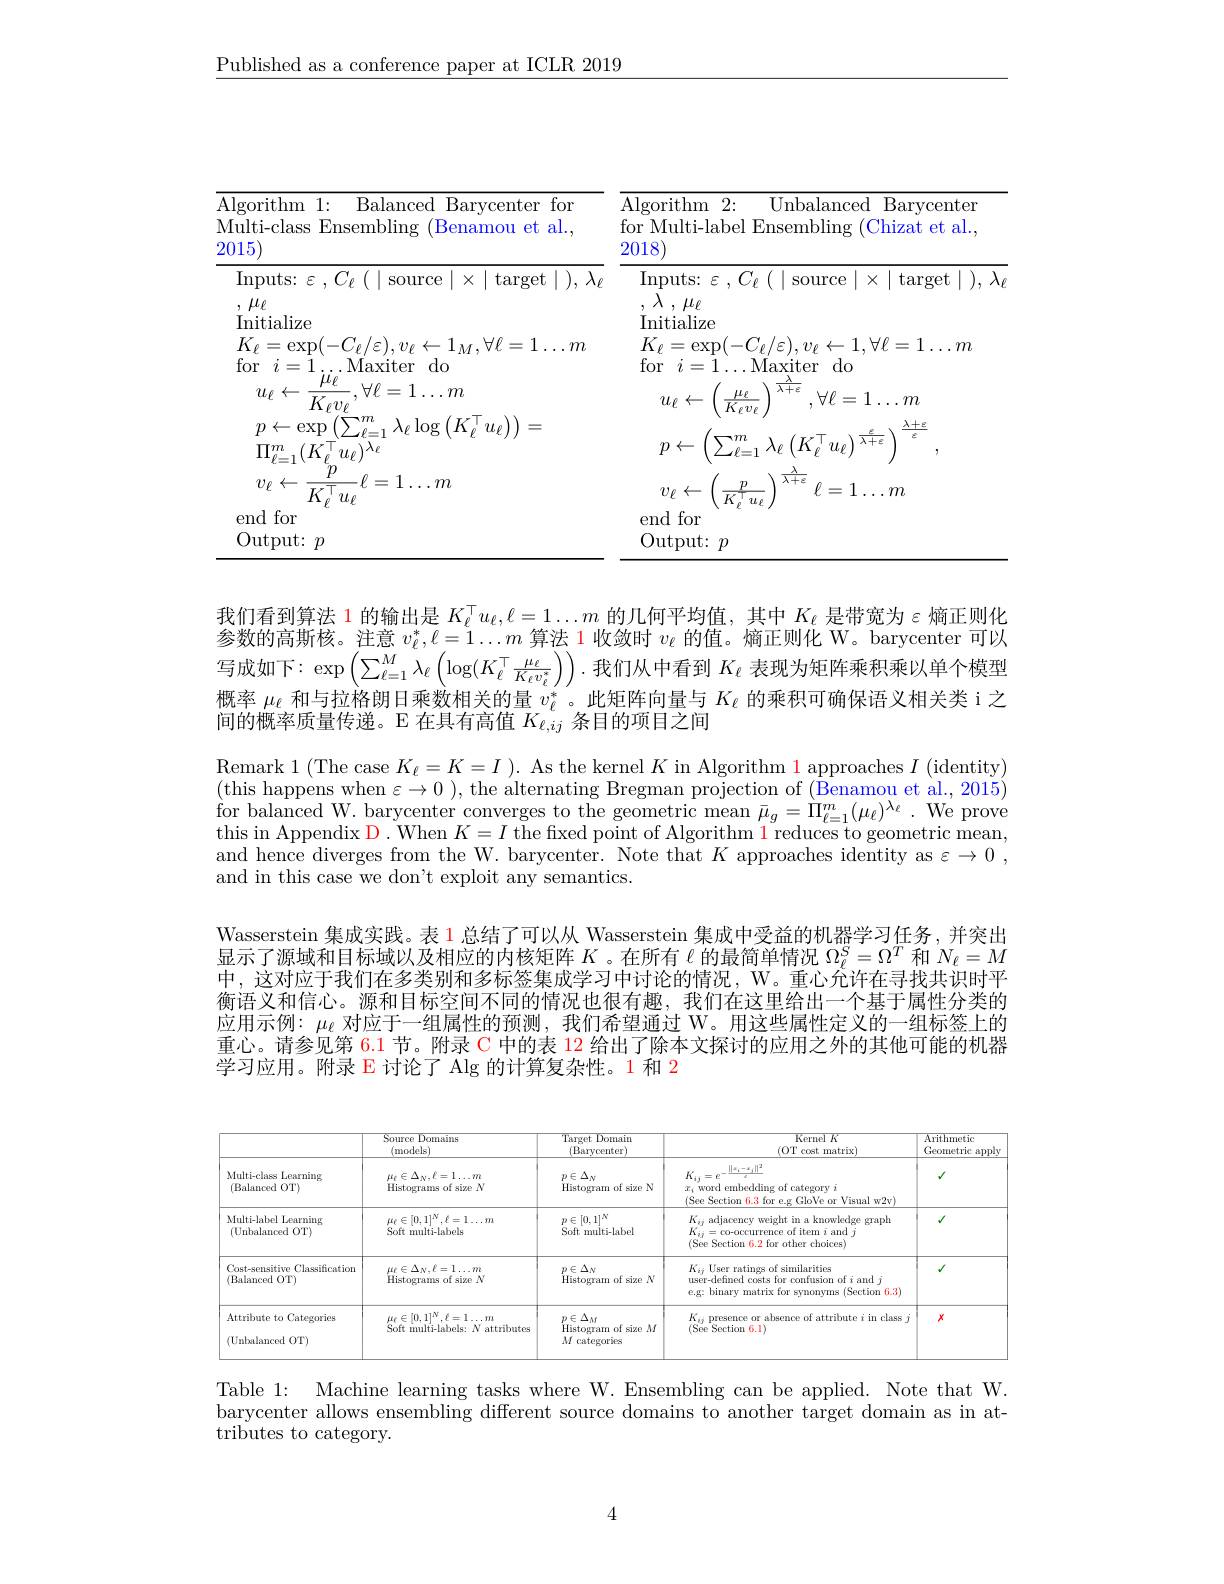
$\underline{\text{Published as a conference paper at ICLR 2019}}$

<table>
	<tbody>
		<tr>
			<th>Algorithm 1: Balanced Barycenter for Multi-class Ensembling (Benamou et al., 2015</th>
			<th>${\mathrm{Algorithm}}$ 2: Unbalanced Barycenter for Multi-label Ensembling (Chizat et al., 2018</th>
		</tr>
		<tr>
			<td>Inputs: $\varepsilon,C_{\ell}(\mid$source$\mid\times\mid$target$\mid),\lambda_{\ell}$ , $\mu _{\ell }$ Initialize $K_{\ell}=\operatorname{exp}(-C_{\ell}/\varepsilon),v_{\ell}\leftarrow1_{M},\forall\ell=1\ldots m$</td>
			<td>Inputs: $\varepsilon,C_{\ell}(\mid$source$\mid\times\mid$target$\mid),\lambda$ , $\lambda$ , $\mu _{\ell }$ Initialize $K_{\ell}=\exp(-C_{\ell}/\varepsilon),v_{\ell}\leftarrow1,\forall\ell=1\ldots m$</td>
		</tr>
	</tbody>
</table>

我们看到算法 1 的输出是$K_\ell^\top u_\ell,\ell=1\ldots m$的几何平均值，其中$K_\ell$是带宽为$\varepsilon$熵正则化参 数 的 高 斯 核 。注 意 $v_{\ell }^{* }, \ell = 1\ldots m$ 算 法 1 收 敛 时 $v_{\ell }$ 的 值 。熵 正 则 化 W。barycenter 可 以 写 成 如 下 : $\exp \left ( \sum _{\ell = 1}^{M}\lambda _{\ell }\left ( \log ( K_{\ell }^{\top }\frac {\mu _{\ell }}{K_{\ell }v_{\ell }^{* }}\right ) \right ) .$我 们 从 中 看 到 $K_{\ell }$ 表 现 为 矩 阵 乘 积 乘 以 单 个 模 型 时 方 式概率$\mu_\mathrm{\ell}$和与拉格朗日乘数相关的量$v_\mathrm{\ell}^*$。此矩阵向量与$K_\mathrm{\ell}$的乘积可确保语义相关类 i 之间的概率质量传递。E 在具有高值$K_{\ell,ij}$条目的项目之间

Remark 1 ( The case $K_{\ell }= K= I ) . $As the kernel $K$ in Algorithm $\color{red}{1}$ approaches $I~($identity) (this happens when $\varepsilon\to0)$, the alternating Bregman projection of (Benamou et al.,2015) $\begin{array}{cc}\mathrm{for~balanced~W.~barycenter~converges~to~the~geometric~mean~}\bar{\mu}_{g}=\bar{\Pi}_{\ell=1}^{m}(\mu_{\ell})^{\lambda_{\ell}}.\mathrm{~We~prove}\end{array}$ this in Appendix D. When $K=I$ the fixed point of Algorithm 1 reduces to geometric mean and hence diverges from the W. barycenter. Note that $K$ approaches identity as $\varepsilon\to0$, and in this case we don't exploit any semantics.

Wasserstein 集成实践。表 1 总结了可以从 Wasserstein 集成中受益的机器学习任务，并突出显示了源域和目标域以及相应的内核矩阵$K$ 。在所有$\ell$的最简单情况$\Omega_\ell^S=\Omega^T$和$N_\ell=M$ 中，这对应于我们在多类别和多标签集成学习中讨论的情况，W。重心允许在寻找共识时平衡语义和信心。源和目标空间不同的情况也很有趣，我们在这里给出一个基于属性分类的应用示例：$\mu_{\ell}$对应于一组属性的预测，我们希望通过 W。用这些属性定义的一组标签上的重心。请参见第 6.1 节。附录 C 中的表 12 给出了除本文探讨的应用之外的其他可能的机器学习应用。附录 E 讨论了 Alg 的计算复杂性。1 和 2

<FigureHere>

Table 1: Machine learning tasks where W. Ensembling can be applied. Note that W. barycenter allows ensembling different source domains to another target domain as in attributes to category.

4